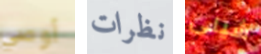
أوصي نظرات شيلى